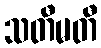
သတီမတီ